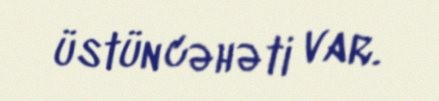
üstün cəhəti var.